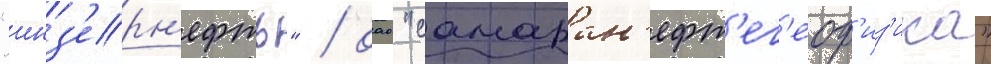
"инз'ерн'ефть" / оао "самаран'ефт'ег'еоф'из'ика"